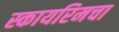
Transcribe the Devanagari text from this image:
स्कायरिमचा